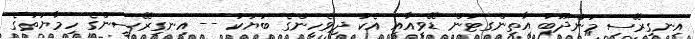
އިނގިރޭސި މަންދޫބު އާތިންގޓަން ޑޭވީއާއި އެކު ދިވެހީންގެ ބަޔަކު -- އިނގިރޭސީންގެ ހިމާޔަތުގެ